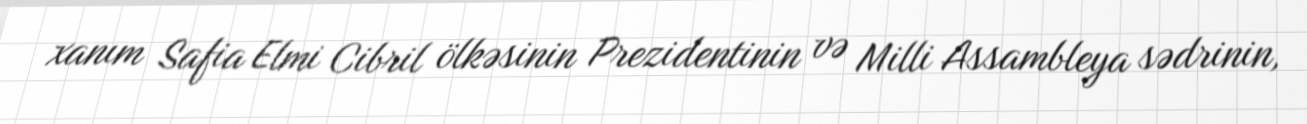
xanım Safia Elmi Cibril ölkəsinin Prezidentinin və Milli Assambleya sədrinin,